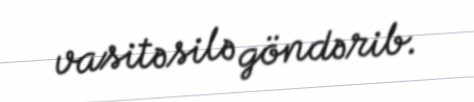
vasitəsilə göndərib.